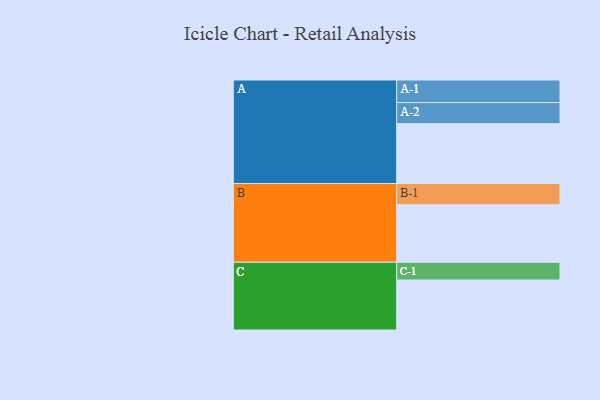
{"axis": {"x": "Segment", "y": "Value"}, "legend": ["", "A", "B", "C"], "data": [{"x": "A", "y": 489, "type": ""}, {"x": "B", "y": 469, "type": ""}, {"x": "C", "y": 408, "type": ""}, {"x": "A-1", "y": 184, "type": "A"}, {"x": "A-2", "y": 172, "type": "A"}, {"x": "B-1", "y": 173, "type": "B"}, {"x": "C-1", "y": 145, "type": "C"}]}